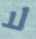
لا